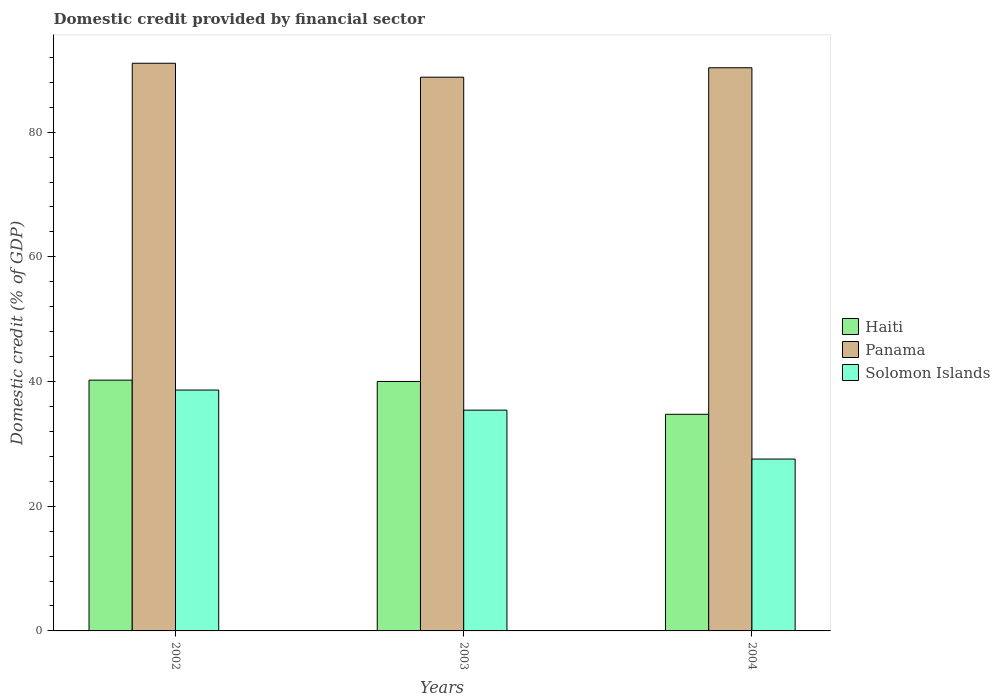
| Years | Haiti | Panama | Solomon Islands |
 | --- | --- | --- | --- |
 | 2002 | 40.2 | 91.1 | 38.6 |
 | 2003 | 40 | 88.8 | 35.4 |
 | 2004 | 34.7 | 90.3 | 27.6 |